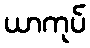
ယာကုပ်